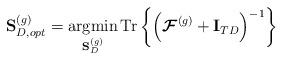
LaTeX: \begin{align*}\mathbf{S}_{D,opt}^{(g)}=\underset{\mathbf{S}_D^{(g)}}{\operatorname{argmin}} \operatorname{Tr}\left\{\left(\boldsymbol{\mathcal{F}}^{(g)}+\mathbf{I}_{TD}\right)^{-1}\right\}\end{align*}